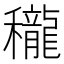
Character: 䆍